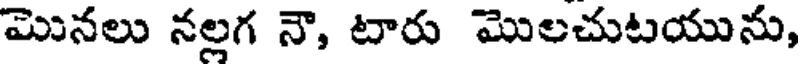
మొనలు నల్లగ నౌ, టారు మొలచుటయును,